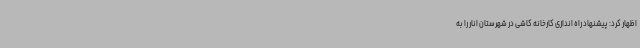
اظهار کرد: پیشنهاد راه اندازی کارخانه کاشی در شهرستان انار را به